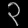
Digit: ၃